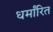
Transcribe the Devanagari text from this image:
धर्मांरित